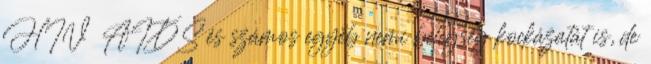
HIV AIDS és számos egyéb nemi betegség kockázatát is, de